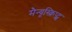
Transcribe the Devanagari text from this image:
मैन्यूस्क्रिप्ट्स